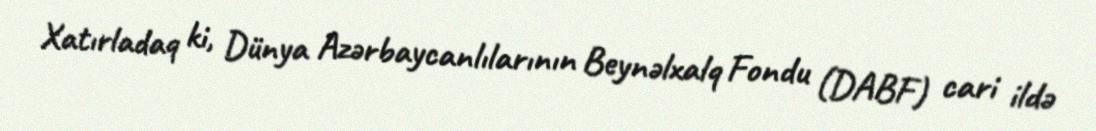
Xatırladaq ki, Dünya Azərbaycanlılarının Beynəlxalq Fondu (DABF) cari ildə